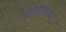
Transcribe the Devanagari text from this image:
बुंदेसलीगामधे